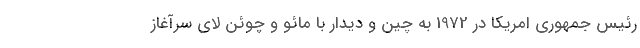
رئیس جمهوری امریکا در 1972 به چین و دیدار با مائو و چوئن لای سرآغاز